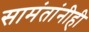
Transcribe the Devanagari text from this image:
सामंतांनीही